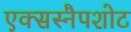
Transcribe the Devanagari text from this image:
एक्सस्नैपशोट